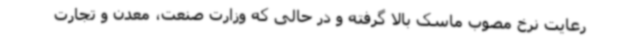
رعایت نرخ مصوب ماسک بالا گرفته و در حالی که وزارت صنعت، معدن و تجارت